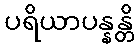
ပရိယာပန္နန္တိ